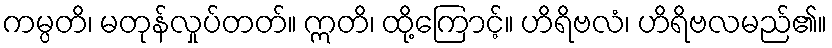
ကမ္ပတိ၊ မတုန်လှုပ်တတ်။ ဣတိ၊ ထို့ကြောင့်။ ဟိရိဗလံ၊ ဟိရိဗလမည်၏။